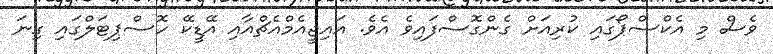
ވެސް މި އެކްސްޕޯގައި ކުރިއަށް ގެންގޮސްފައިވެ އެވެ. އައިޖީއެމްއެޗްއާއި އޭޑީކޭ ހޮސްޕިޓަލްގައި ގިނަ